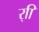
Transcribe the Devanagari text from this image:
र्‍ाि